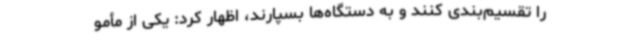
را تقسیم‌بندی کنند و به دستگاه‌ها بسپارند، اظهار کرد: یکی از مأمو